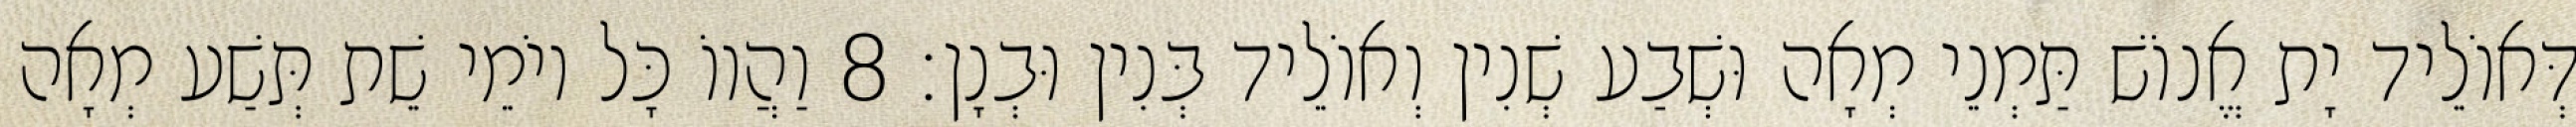
דְּאוֹלֵיד יָת אֱנוֹשׁ תַּמְנֵי מְאָה וּשְׁבַע שְׁנִין וְאוֹלֵיד בְּנִין וּבְנָן׃ 8 וַהֲווֹ כָּל יוֹמֵי שֵׁת תְּשַׁע מְאָה